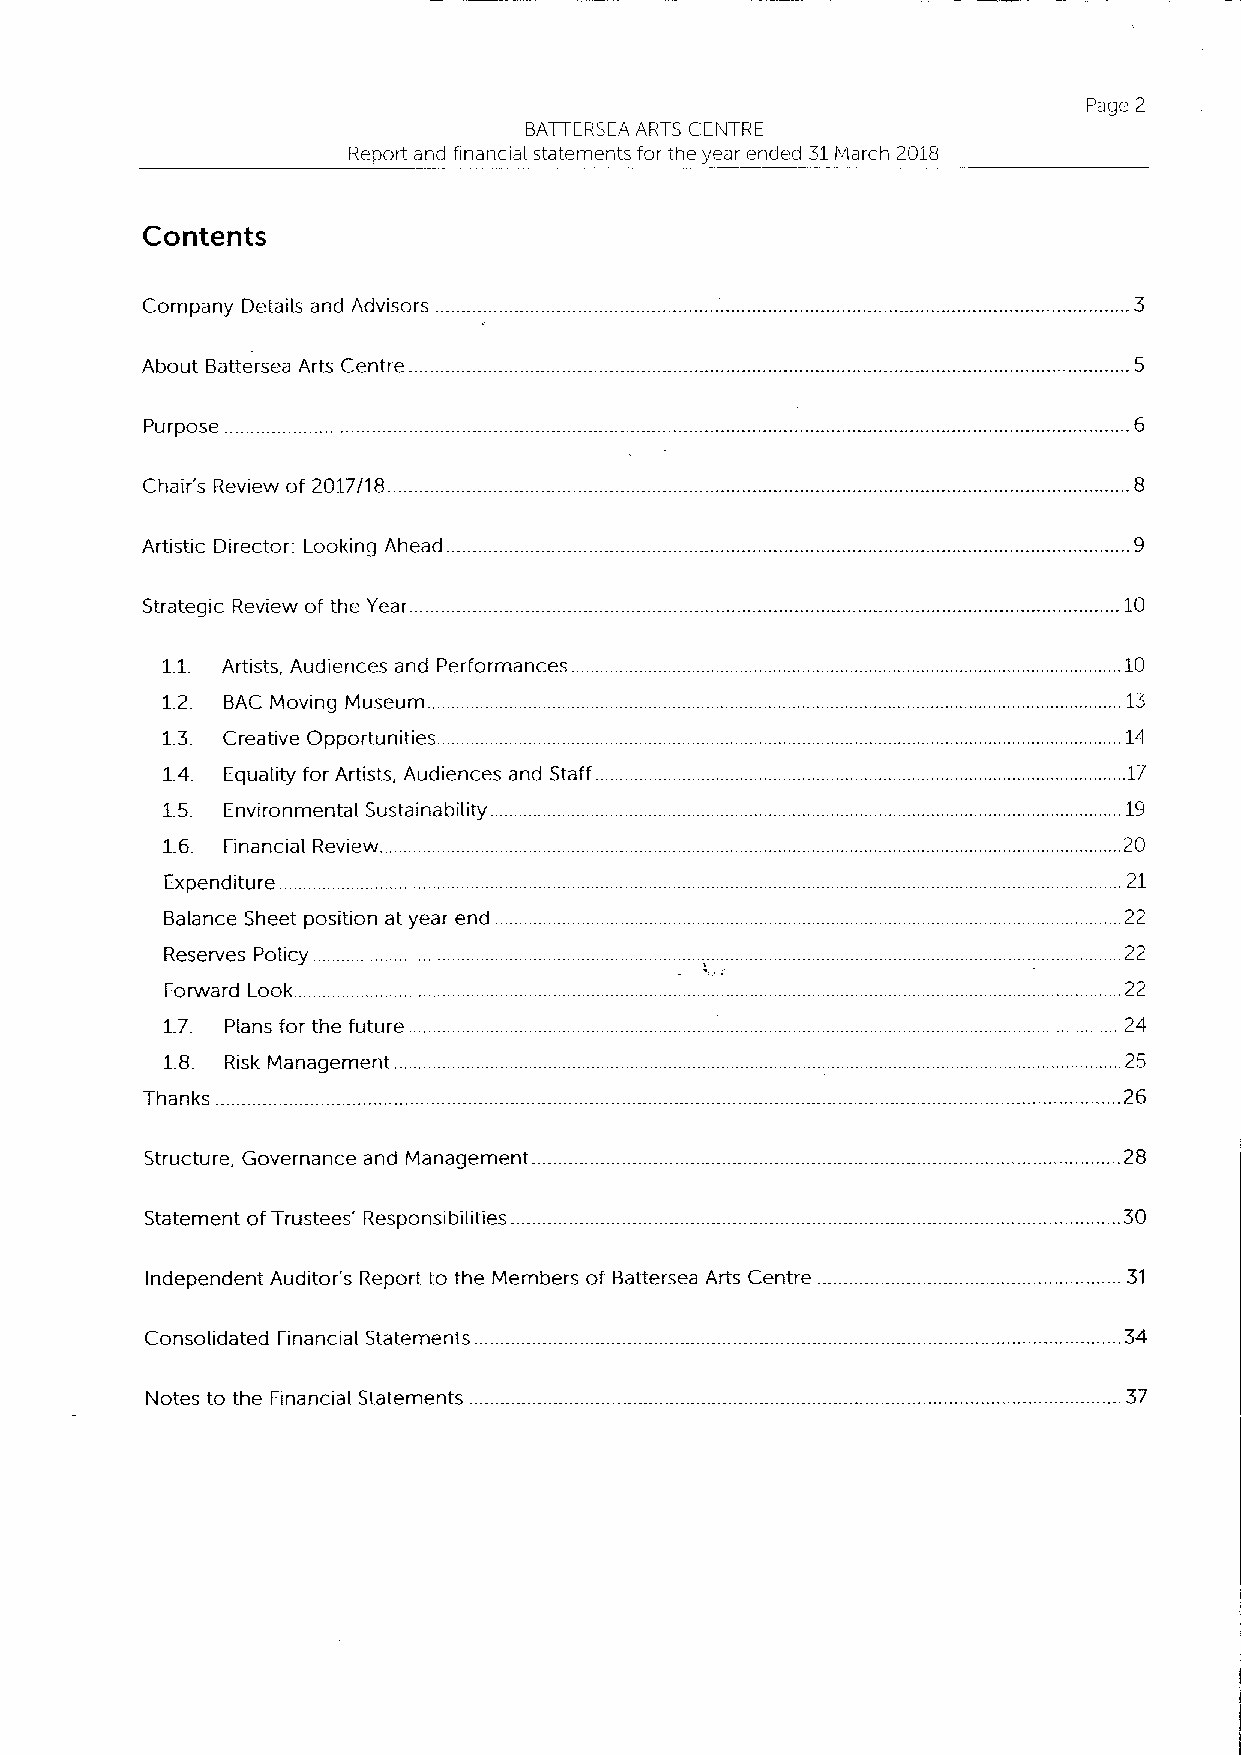
Page 2
 BATTERSEA ARTS CENTRE
 Report and financial statements for the year ended 31March 2018
 Contents
 Company Details and Advisors
 About Battersea Arts Centre
 Purpose
 Chair's Review of 2017/18
 Artistic Director: Looking Ahead.
 Strategic Review of the Year.                                    .10
 1.1. Artists, Audiences and Performances                       .10
 1.2. BAC Moving Museum                                          13
 1.3. Creative Opportunities. .                                  14
 1.4. Equality for Artists, Audiences and Staff                  17
 1.5. Environmental Sustainability ..                            19
 1.6. Financial Review                                          20
 Expenditure                                                     21
 Balance Sheet position at year end.                            22
 Reserves Policy.                                               22
 Forward Look. .                                                22
 1.7. Plans for the future                                      24
 1.8. Risk Management.                                          25
 Thanks.                                                          26
 Structure, Governance and Management                            28
 Statement ofTrustees' Responsibilities                          30
 Independent Auditor's Report to the Members of Battersea Arts Centre 31
 Consolidated Financial Statements                               34
 Notes to the Financial Statements                                37